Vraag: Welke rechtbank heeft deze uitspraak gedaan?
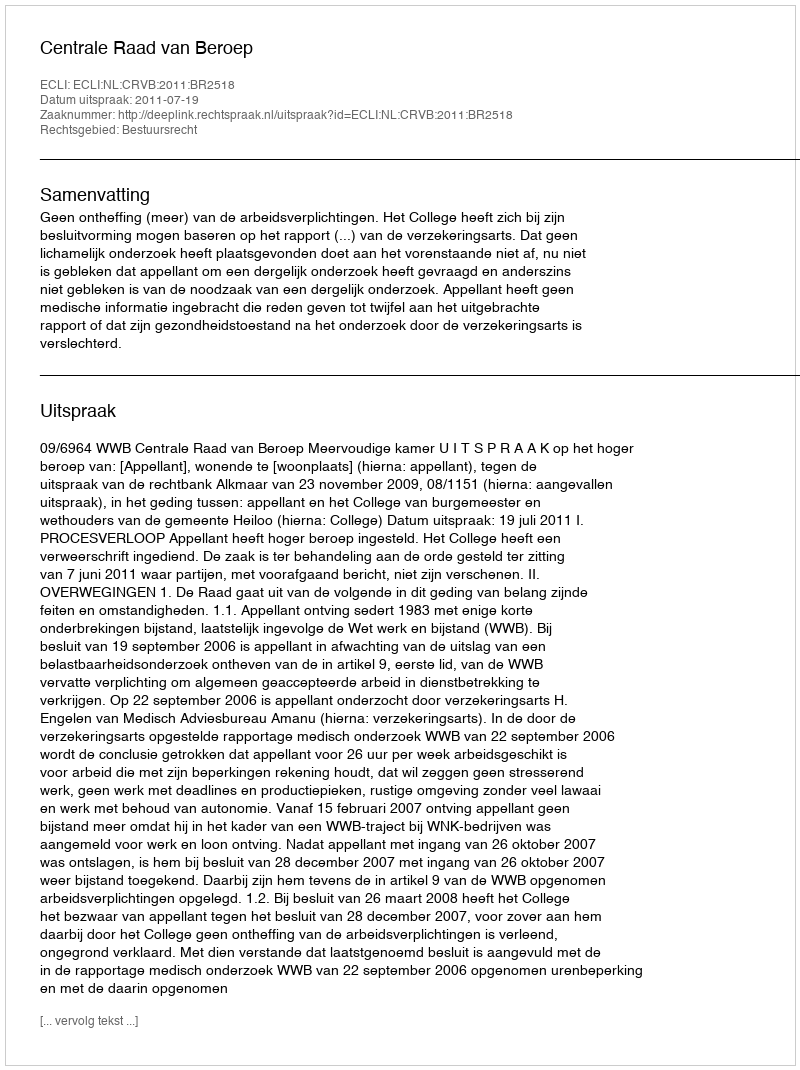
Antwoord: Centrale Raad van Beroep